Account of plague administration in the Bombay Presidency from September 1896 till May 1897
Year: 1896
Disease focus: Plague
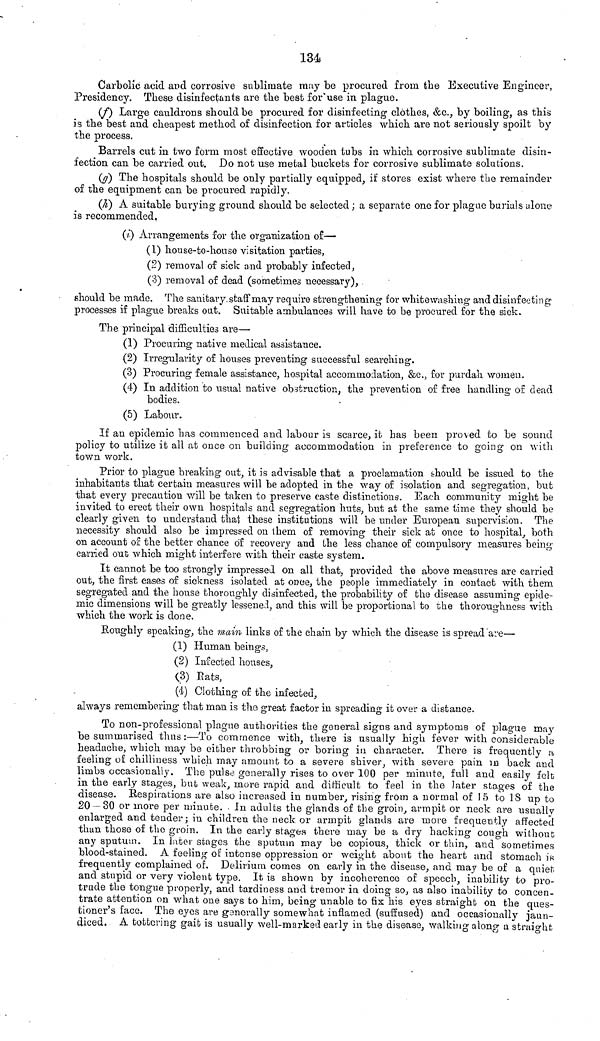
134
Carbolic acid and corrosive sublimate may be procured from the Executive Engineer,
Presidency. These disinfectants are the best for use in plague.
(f) Large cauldrons should be procured for disinfecting clothes, &c., by boiling, as this
is the best and cheapest method of disinfection for articles which are not seriously spoilt by
the process.
Barrels cut in two form most effective wooden tubs in which corrosive sublimate disinfection
(g) The hospitals should be only partially equipped, if stores exist where the remainder
of the equipment can be procured rapidly.
(h) A suitable burying ground should be selected; a separate one for plague burials alone
is recommended.
(i) Arrangements for the organization of—
(1) house-to-house visitation parties,
(2) removal of sick and probably infected,
(3) removal of dead (sometimes necessary),
should be made. The sanitary staff may require strengthening for whitewashing and disinfecting
processes if plague breaks out. Suitable ambulances will have to be procured for the sick.
The principal difficulties are—
(1) Procuring native medical assistance.
(2) Irregularity of houses preventing successful searching.
(3) Procuring female assistance, hospital accommodation, &c., for purdah women.
(4) In addition to usual native obstruction, the prevention of free handling or dead
bodies.
(5) Labour.
If an epidemic has commenced and labour is scarce, it has been proved to be sound
policy to utilize it all at once on building accommodation in preference to going on with
town work.
Prior to plague breaking out, it is advisable that a proclamation should be issued to
that every precaution will be taken to preserve caste distinctions. Each community might be
invited to erect their own hospitals and segregation huts, but at the same time they should be
clearly given to understand thai these institutions will be under European supervision. The
necessity should also be impressed on them of removing their sick at once to hospital, both
on account of the better chance of recovery and the less chance of compulsory measures being
carried out which might interfere with their caste system.
It cannot be too strongly impressed on all that, provided the above measures are carried
out, the first cases of sickness isolated at once, the people immediately in contact with them
segregated and the house thoroughly disinfected, the probability of the disease assuming epide-
mic dimensions will be greatly lessened, and this will be proportional to the thoroughness with
which the work is done.
Roughly speaking, the main links of the chain by which the disease is spread are—
(1) Human beings,
(2) Infected houses,
(3) Eats,
(4) Clothing of the infected,
always remembering that man is the great factor in spreading it over a distance.
To non-professional plague authorities the general signs and symptoms of plague may
be summarised thus :—To commence with, there is usually high fever with considerable
headache, which may be either throbbing or boring in character. There is frequently a
feeling of chilliness which may amount to a severe shiver, with severe pain in back and
limbs occasionally. The pulse generally rises to over 100 per minute, full and easily felt
in the early stages, but weak, more rapid and difficult to feel in the later stages of
20 — 30 or more per minute. In adults the glands of the groin, armpit or neck are usually
enlarged and tender; in children the neck or armpit glands are more frequently affected
than these of the groin. In the early stages there may be a dry hacking cough without
any sputum. In later stages the sputum may be copious, thick or thin, and sometimes
blood-stained. A feeling of intense oppression or weight about the heart and stomach is
frequently complained of. Delirium comes on early in the disease, and may be of a quiet
and stupid or very violent type. It is shown by incoherence of speech, inability to pro-
trude the tongue properly, and tardiness and tremor in doing so, as also inability to concen-
trate attention on what one says to him, being unable to fix his eyes straight on the ques-
tioner's face. The eyes are generally somewhat inflamed (suffused) and occasionally jaun-
diced. A tottering gait is usually well-marked early in the disease, walking along a straight